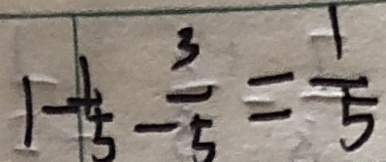
1 - \frac { 1 } { 5 } - \frac { 3 } { 5 } = \frac { 1 } { 5 }